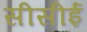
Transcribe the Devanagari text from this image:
सीसीई